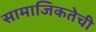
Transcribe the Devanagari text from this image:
सामाजिकतेची